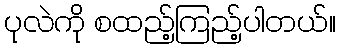
ပုလဲကို စထည့်ကြည့်ပါတယ်။